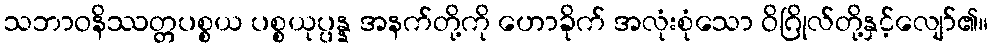
သဘာဝနိဿတ္တပစ္စယ ပစ္စယုပ္ပန္န အနက်တို့ကို ဟောခိုက် အလုံးစုံသော ဝိဂြိုလ်တို့နှင့်လျော်၏။